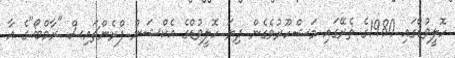
ހޮލީވުޑްގައި 1980ގެ ތެރޭގައި މަޝްހޫރުވެގެން ދިޔަ ހޮލީވުޑްގެ އެކްޝަން ފްރެންޗައިސް "ރާމްބޯ"ގެ އާ